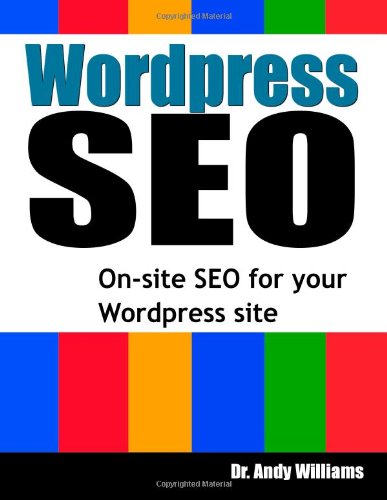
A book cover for Wordpress SEO: On-Page SEO for your Wordpress Site; Dr.. Andy Williams; Computers & Technology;